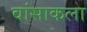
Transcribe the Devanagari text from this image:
वांसाकला